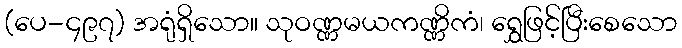
(ပေ-၄၉၇) အရုံရှိသော။ သုဝဏ္ဏမယကဏ္ဏိကံ၊ ရွှေဖြင့်ပြီးစေသော